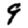
Digit: 9